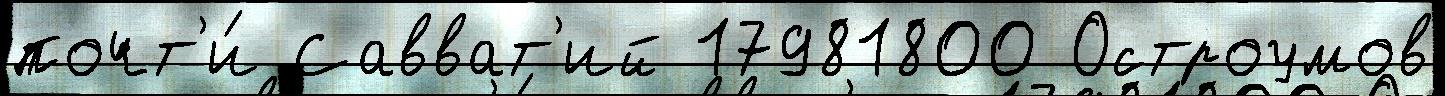
почт'и́ Савват'ий 17981800 Остроумов